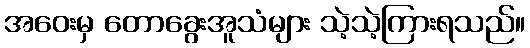
အဝေးမှ တောခွေးအူသံများ သဲ့သဲ့ကြားရသည်။